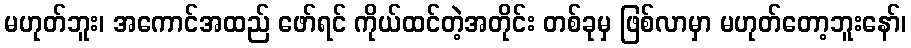
မဟုတ်ဘူး၊ အကောင်အထည် ဖော်ရင် ကိုယ်ထင်တဲ့အတိုင်း တစ်ခုမှ ဖြစ်လာမှာ မဟုတ်တော့ဘူးနော်၊